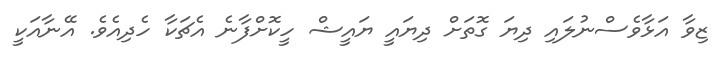
ޒިވާ އަޅާވެސްނުލައި ދިޔަ ގޮތަށް ދިޔައީ ޔައީޝް ހީކޮށްފާނެ އެޗަކާ ހެދިއެވެ. އޭނާއަކީ